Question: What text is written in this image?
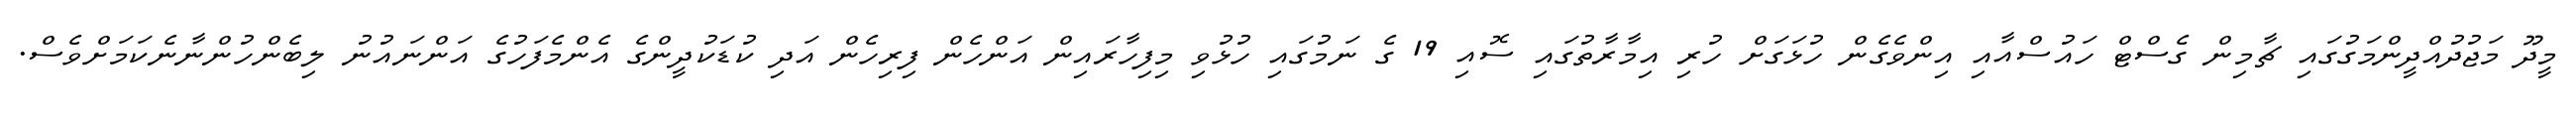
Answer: މީދޫ މަޖުދުއްދީންމަގުގައި ޗާމިން ގެސްޓް ހައުސްއާއި އިންވެގެން ހުޅަގަށް ހުރި އިމާރާތުގައި ސޮއި 19 ގެ ނަމުގައި ހުޅުވި މިފިހާރައިން އަންހެން ފިރިހެން އަދި ކުޑަކުދީންގެ އެންމެފަހުގެ އަންނައުނު ލިބެންހުންނާނެކަމަށްވެސް.